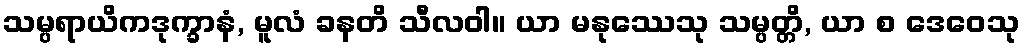
သမ္ပရာယိကဒုက္ခာနံ, မူလံ ခနတိ သီလဝါ။ ယာ မနုဿေသု သမ္ပတ္တိ, ယာ စ ဒေဝေသု